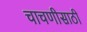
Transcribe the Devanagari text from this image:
चाचणीसाठी